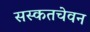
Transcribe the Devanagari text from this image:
सस्कतचेवन